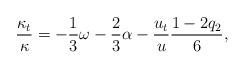
LaTeX: \begin{align*}\frac{\kappa_t}{\kappa} = -\frac{1}{3}\omega -\frac{2}{3}\alpha -\frac{u_t}{u}\frac{1-2q_2}{6},\end{align*}